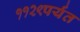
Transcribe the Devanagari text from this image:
११२९पर्यंत